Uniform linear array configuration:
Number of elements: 4
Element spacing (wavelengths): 0.75
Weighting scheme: kaiser
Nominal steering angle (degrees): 30
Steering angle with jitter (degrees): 31.417
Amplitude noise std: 0.05
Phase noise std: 0.05

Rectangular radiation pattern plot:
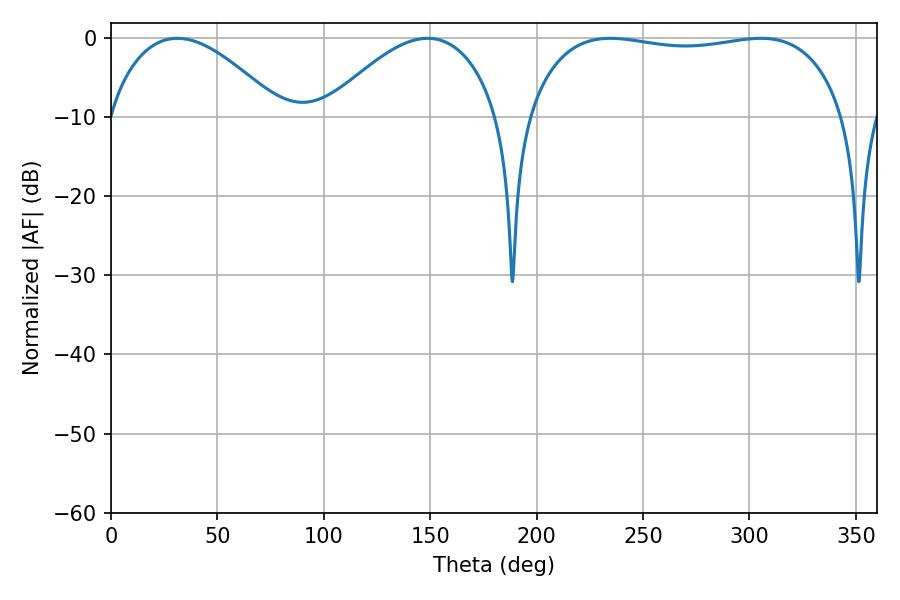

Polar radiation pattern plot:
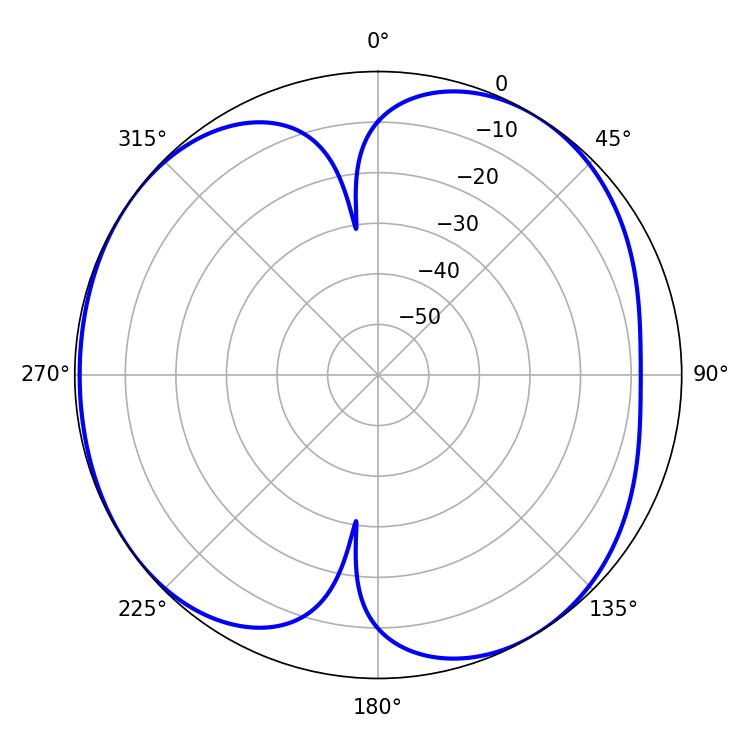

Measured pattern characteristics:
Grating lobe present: TRUE
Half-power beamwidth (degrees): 44.82
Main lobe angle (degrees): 31.14